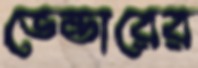
ভেন্ডারের